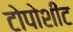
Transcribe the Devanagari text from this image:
टोपोशीट